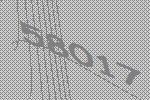
58017